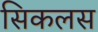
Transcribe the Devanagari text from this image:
सिकलस